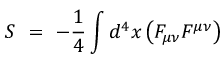
S ~ = ~ - { \frac { 1 } { 4 } } \int d ^ { 4 } x \left( F _ { \mu \nu } F ^ { \mu \nu } \right)